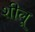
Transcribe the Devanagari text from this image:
शीलू